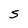
Character: S